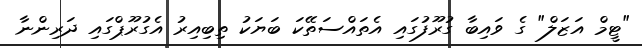
"ޓީމް އަޒަލް" ގެ ވައިބާ ގުރޫފުގައި އެތައްސަތޭކަ ބަޔަކު ތިބިއިރު އެގުރޫޕްގައި ދަރިންނާ